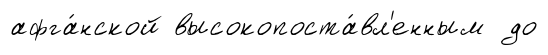
афга́нской высокопоста́вл'енным до